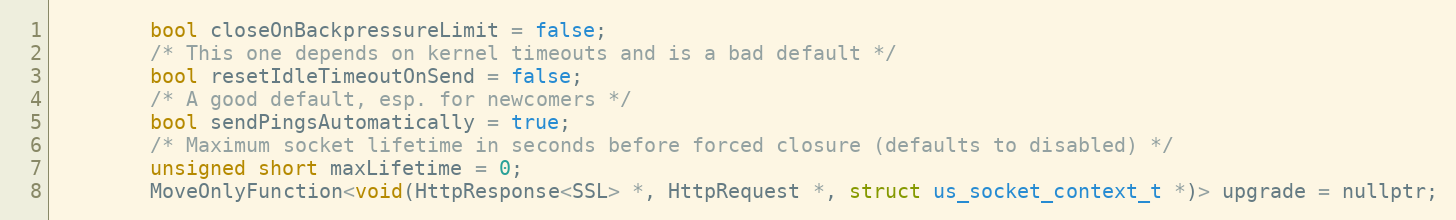
Language: C
        bool closeOnBackpressureLimit = false;
        /* This one depends on kernel timeouts and is a bad default */
        bool resetIdleTimeoutOnSend = false;
        /* A good default, esp. for newcomers */
        bool sendPingsAutomatically = true;
        /* Maximum socket lifetime in seconds before forced closure (defaults to disabled) */
        unsigned short maxLifetime = 0;
        MoveOnlyFunction<void(HttpResponse<SSL> *, HttpRequest *, struct us_socket_context_t *)> upgrade = nullptr;